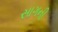
સાગની